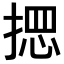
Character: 𢰌